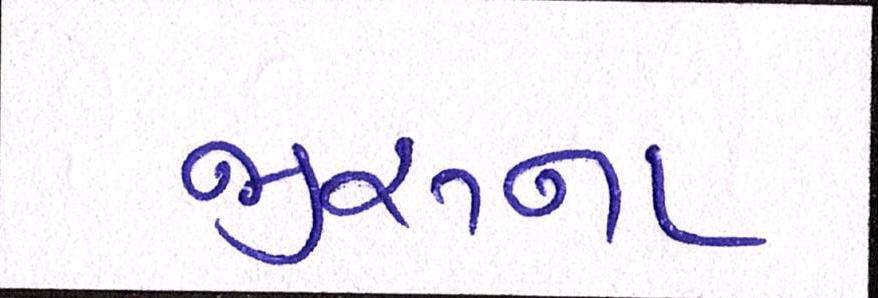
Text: જીરુના